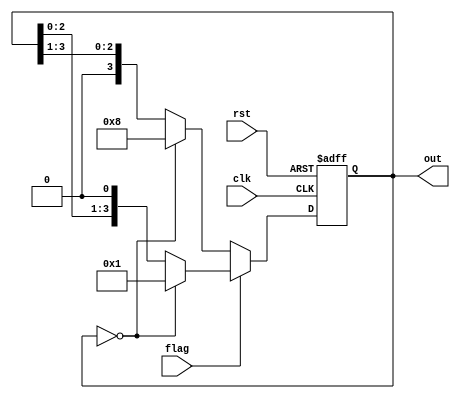

module shifter(
input clk,rst,flag,
output reg [3:0]out
);


always @(posedge clk or posedge rst) begin
    if (rst) begin
        out = 4'b0000;
    end
    else begin
        if (flag) begin
            if (out == 4'b0000) begin
                out = 4'b0001;
            end 
            else begin
                out = (out<< 1);
            end
        end
        else begin
            if (out == 4'b0000) begin
                out = 4'b1000;
            end
            else begin
                out = (out >> 1);
            end
        end
    end
end



endmodule